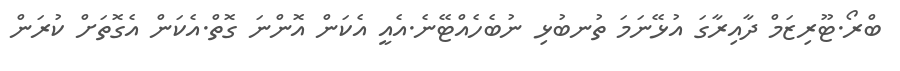
ބްރޯ.ޓޫރިޒަމް ދާއިރާގަ އުޅޭނަމަ ތުނބުޅި ނުބެހެއްޓޭނެ.އެއީ އެކަން އޮންނަ ގޮތް.އެކަން އެގޮތަށް ކުރަން